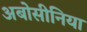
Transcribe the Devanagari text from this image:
अबोसीनिया